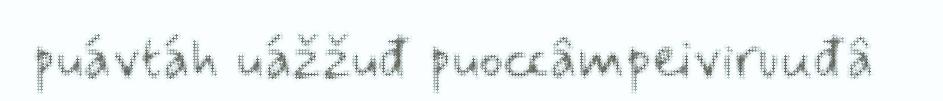
puávtáh uážžuđ puoccâmpeiviruuđâ